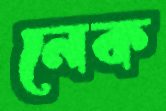
নেক